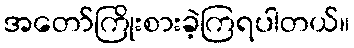
အတော်ကြိုးစားခဲ့ကြရပါတယ်။